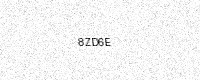
Text: 8ZD6E